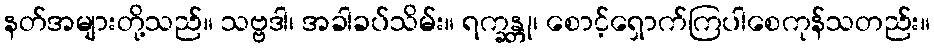
နတ်အများတို့သည်။ သဗ္ဗဒါ၊ အခါခပ်သိမ်း။ ရက္ခန္တု၊ စောင့်ရှောက်ကြပါစေကုန်သတည်း။